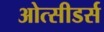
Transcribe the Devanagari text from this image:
ओत्सीडर्स